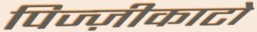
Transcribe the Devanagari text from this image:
पिज्ज़ीकाटो